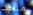
منحت